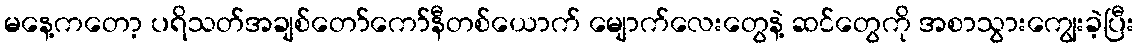
မနေ့ကတော့ ပရိသတ်အချစ်တော်ကော်နီတစ်ယောက် မျောက်လေးတွေနဲ့ ဆင်တွေကို အစာသွားကျွေးခဲ့ပြီး